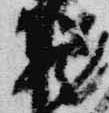
蔵